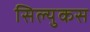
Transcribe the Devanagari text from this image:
सिल्युकस